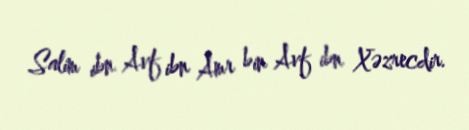
Salim ibn Avf ibn Amr bin Avf ibn Xəzrecdir.